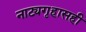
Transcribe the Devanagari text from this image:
नाट्यगृहासही